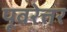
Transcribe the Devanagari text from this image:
पूवरेत्तर